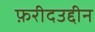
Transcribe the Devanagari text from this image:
फ़रीदउद्दीन